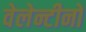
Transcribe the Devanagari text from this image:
वेलेन्टीनो